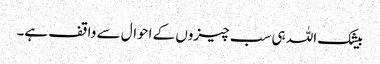
بیشک اللہ ہی سب چیزوں کے احوال سے واقف ہے۔